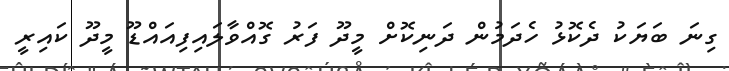
ގިނަ ބަޔަކު ދެކޮޅު ހެދަމުން ދަނިކޮށް މީދޫ ފަރު ގޮއްވާލައިފިއައްޑޫ މީދޫ ކައިރީ